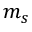
m _ { s }